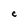
Character: C